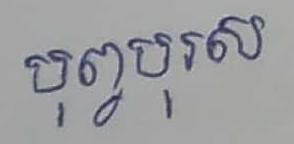
បុព្វបុរស